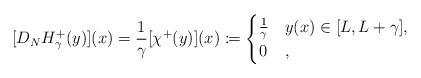
LaTeX: \begin{align*}[D_N H^+_\gamma(y)](x) = \frac1\gamma [\chi^+(y)](x)\coloneqq \begin{cases} \frac 1\gamma & y(x)\in [L,L+\gamma],\\ 0 &,\end{cases}\end{align*}